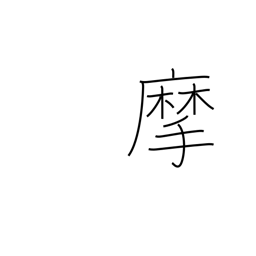
Meaning: scrape